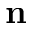
\mathbf { n }